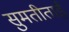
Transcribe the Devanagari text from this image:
सुमतीताई